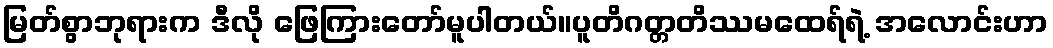
မြတ်စွာဘုရားက ဒီလို ဖြေကြားတော်မူပါတယ်။ပူတိဂတ္တတိဿမထေရ်ရဲ့ အလောင်းဟာ